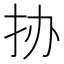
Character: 𰓊